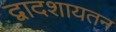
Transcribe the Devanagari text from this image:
द्वादशायतन